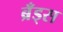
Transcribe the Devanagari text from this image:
ब्रँड्स